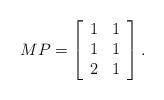
LaTeX: \begin{align*}MP =\left[\begin{array}{cc}1 & 1\\1 & 1\\2 & 1\end{array} \right].\end{align*}